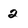
Character: 2